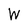
Character: W